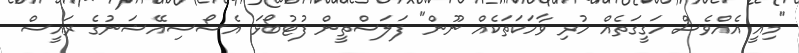
"މިއީ އެއްވެސް ހަގީގަތެއް ހުރި ވާހަކަތަކެއް ނޫން" ފަލަސްތީން ފުޓުބޯޅަ އެސޯސިއޭޝަނުގެ ރައީސް